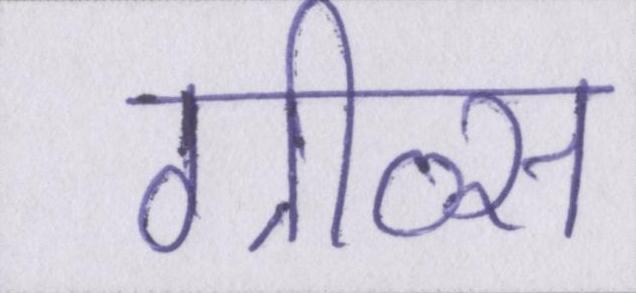
ग्रीव्स